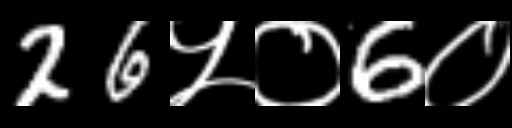
Text: 26५०6०